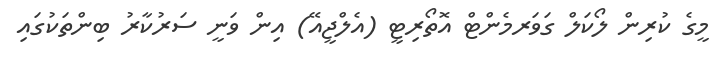
މީގެ ކުރިން ލޯކަލް ގަވަރމެންޓް އޮތޯރިޓީ (އެލްޖީއޭ) އިން ވަނީ ސަރުކާރު ބިންތަކުގައި